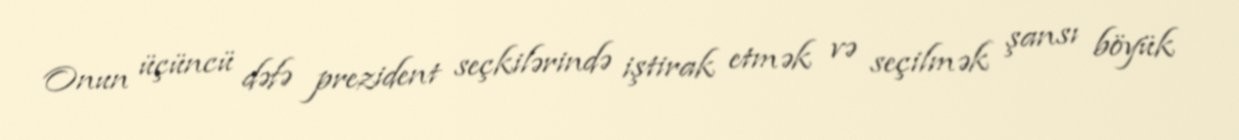
Onun üçüncü dəfə prezident seçkilərində iştirak etmək və seçilmək şansı böyük